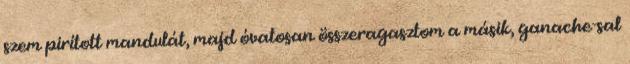
szem pirított mandulát, majd óvatosan összeragasztom a másik, ganache-sal